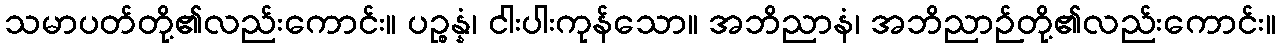
သမာပတ်တို့၏လည်းကောင်း။ ပဉ္စန္နံ၊ ငါးပါးကုန်သော။ အဘိညာနံ၊ အဘိညာဉ်တို့၏လည်းကောင်း။